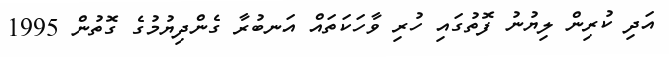
އަދި ކުރިން ލިޔުނު ފޮތުގައި ހުރި ވާހަކަތައް އަނބުރާ ގެންދިޔުމުގެ ގޮތުން 1995